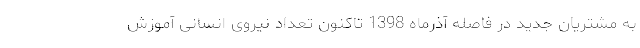
به مشتریان جدید در فاصله آذرماه 1398 تاکنون تعداد نیروی انسانی آموزش